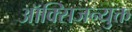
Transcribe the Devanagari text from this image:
ऑक्सिजन्युक्त